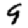
Digit: 9